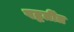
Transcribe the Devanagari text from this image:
पद्धतींत